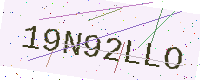
Text: 19N92LLO